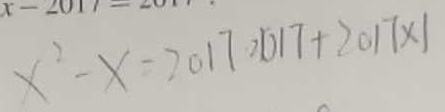
x ^ { 2 } - x = 2 0 1 7 \cdot 2 0 1 7 + 2 0 1 7 \times 1